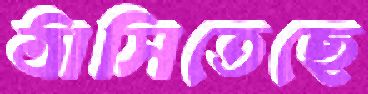
ঠাসিতেছে